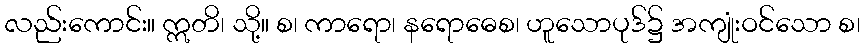
လည်းကောင်း။ ဣတိ၊ သို့။ စ၊ ကာရော၊ နရောဓေစ၊ ဟူသောပုဒ်၌ အကျုံးဝင်သော စ၊